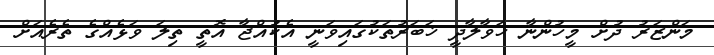
މަންޒަރު ދުށް މީހުންނާ ހަވާލާދީ ޚަބަރުތަކުގައިވަނީ އެކުއްޖާ އޮތީ ތިލަ ވަޅެއްގެ ތެރެއަށް